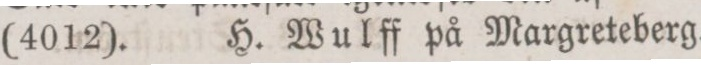
(4012). H. Wulff på Margreteberg.